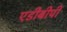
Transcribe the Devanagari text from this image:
एडीबीपी